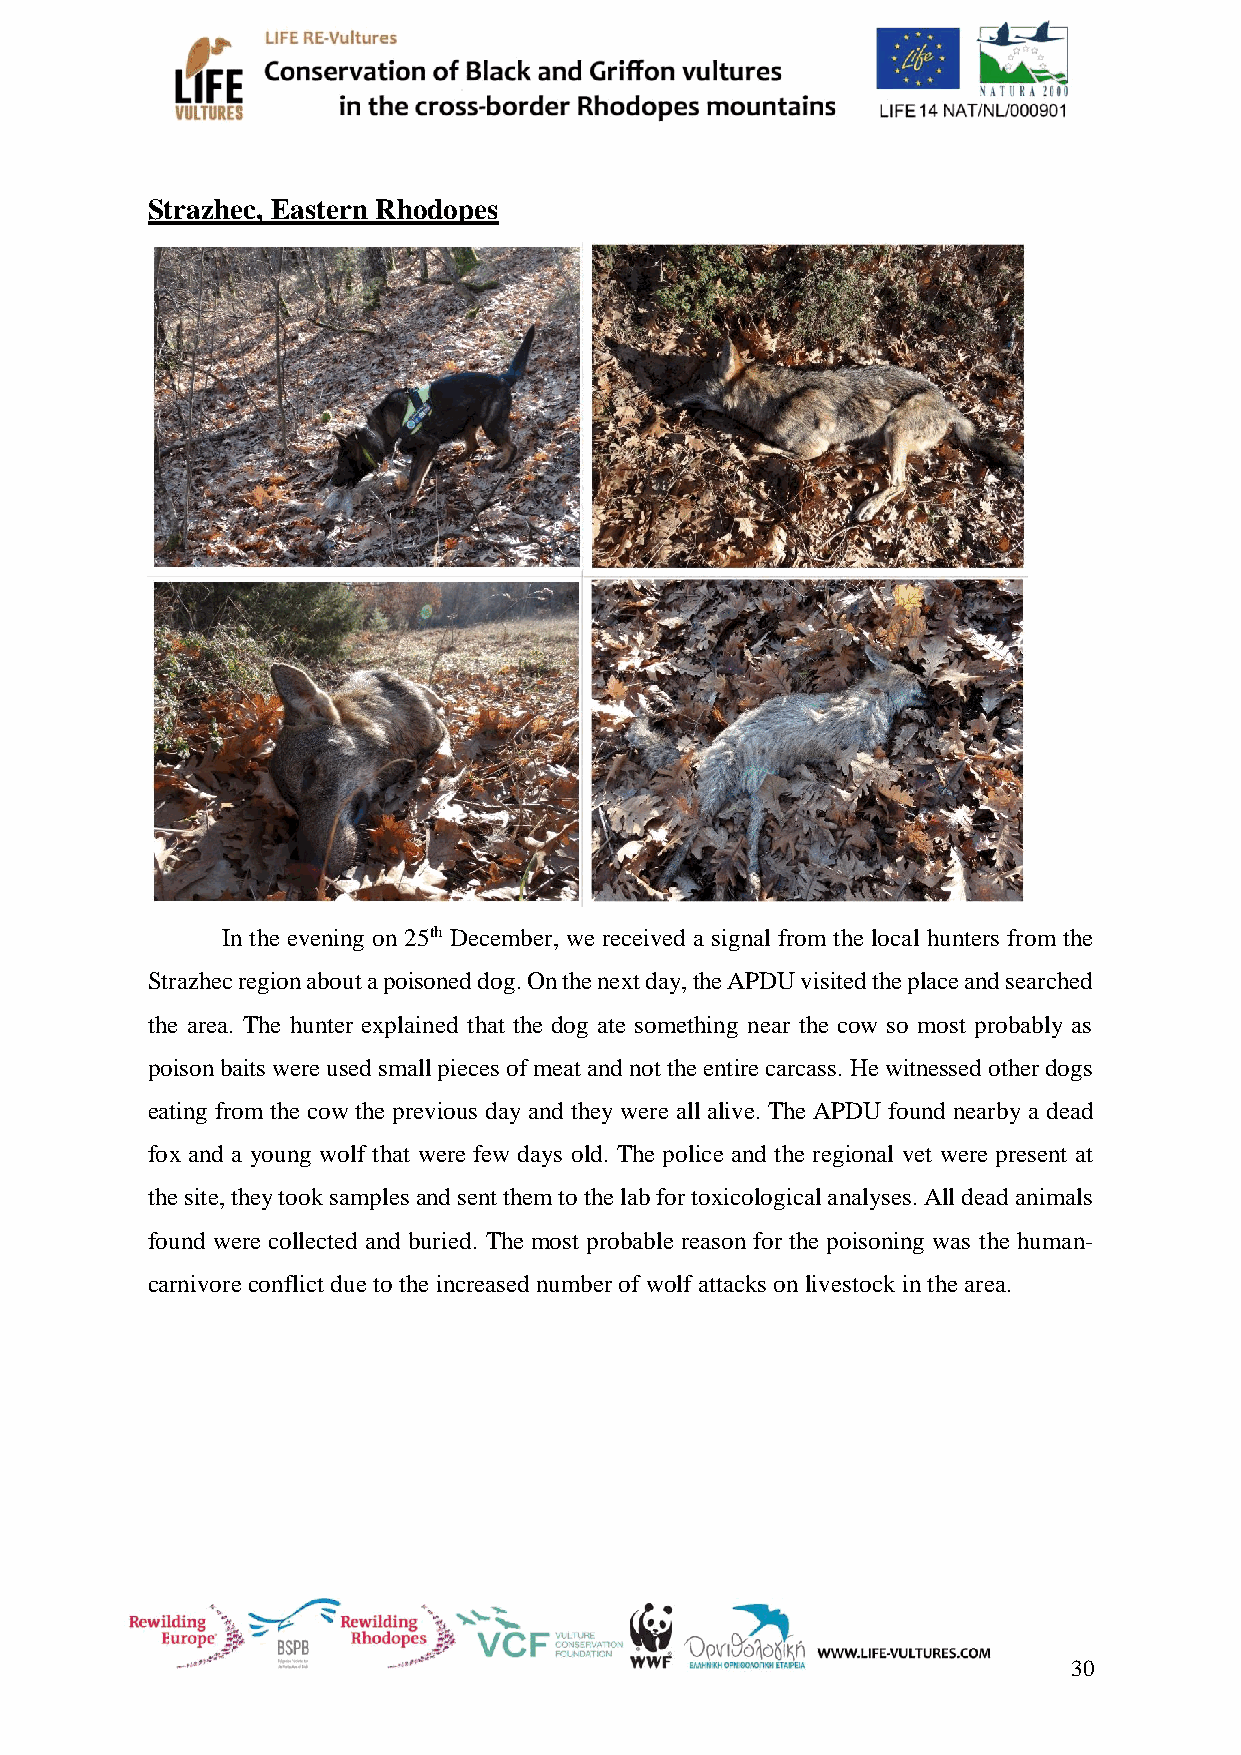
Strazhec, Eastern Rhodopes
 In the evening on 25th December, we received a signal from the local hunters from the
 Strazhec region about a poisoned dog. On the next day, the APDU visited the place and searched
 the area. The hunter explained that the dog ate something near the cow so most probably as
 poison baits were used small pieces of meat and not the entire carcass. He witnessed other dogs
 eating from the cow the previous day and they were all alive. The APDU found nearby a dead
 fox and a young wolf that were few days old. The police and the regional vet were present at
 the site, they took samples and sent them to the lab for toxicological analyses. All dead animals
 found were collected and buried. The most probable reason for the poisoning was the human-
 carnivore conflict due to the increased number of wolf attacks on livestock in the area.
 30